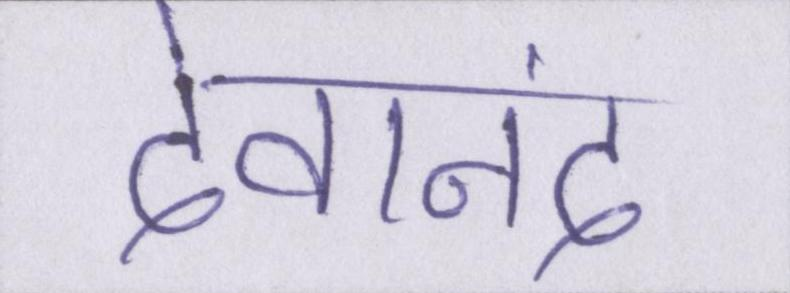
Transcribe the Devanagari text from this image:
देवानंद